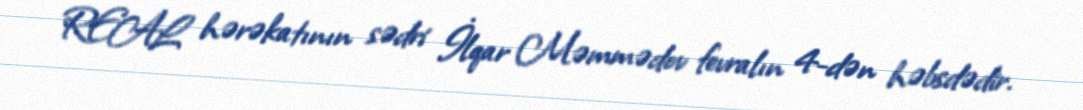
REAL hərəkatının sədri İlqar Məmmədov fevralın 4-dən həbsdədir.